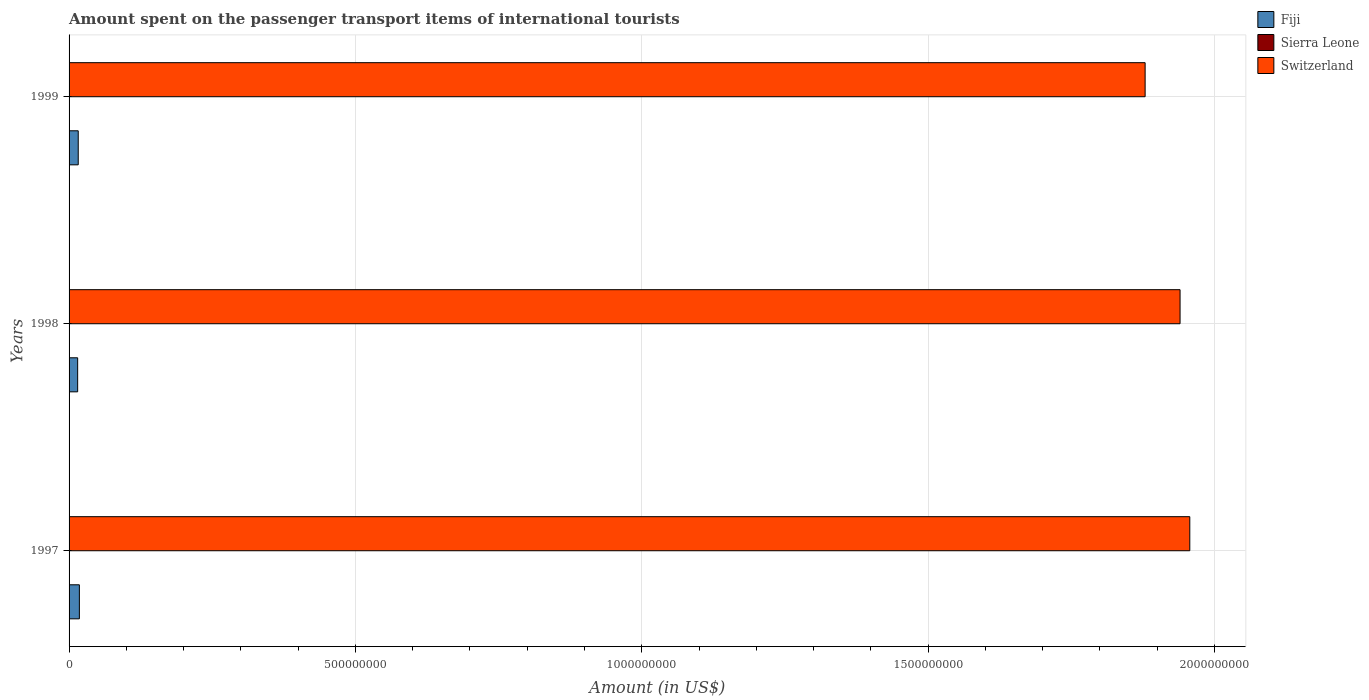
| Years | Fiji | Sierra Leone | Switzerland |
 | --- | --- | --- | --- |
 | 1997 | 1.8e+07 | 1e+05 | 1.96e+09 |
 | 1998 | 1.5e+07 | 2e+05 | 1.94e+09 |
 | 1999 | 1.6e+07 | 2e+05 | 1.88e+09 |